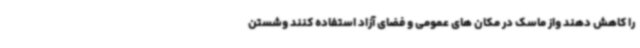
را کاهش دهند واز ماسک در مکان های عمومی و فضای آزاد استفاده کنند وشستن